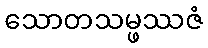
သောတသမ္ဖဿဇံ